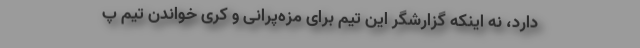
دارد، نه اینکه گزارشگر این تیم برای مزه‌پرانی و کُری خواندن تیم پ